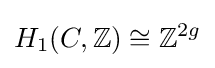
H_{1}(C,\mathbb {Z} )\cong \mathbb {Z} ^{2g}